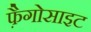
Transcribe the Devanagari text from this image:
फ़ैगोसाइट